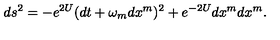
d s ^ { 2 } = - e ^ { 2 U } ( d t + \omega _ { m } d x ^ { m } ) ^ { 2 } + e ^ { - 2 U } d x ^ { m } d x ^ { m } .